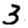
Digit: 3